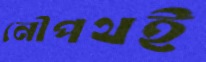
নৌপথই